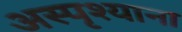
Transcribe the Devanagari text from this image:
अस्पृश्याना